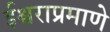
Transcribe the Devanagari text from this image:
ईश्वराप्रमाणे